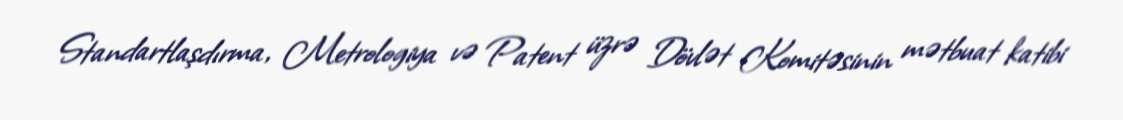
Standartlaşdırma, Metrologiya və Patent üzrə Dövlət Komitəsinin mətbuat katibi